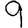
Digit: 9